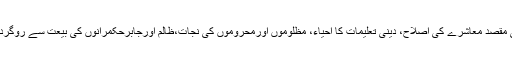
یہ دونوں تحریکیں ظلم وستم اورفساد کےخلاف ہیں اوران کا اصلی مقصد معاشرے کی اصلاح، دینی تعلیمات کا احیاء، مظلوموں اورمحروموں کی نجات،ظالم اورجابرحکمرانوں کی بیعت سے روگردانی اورانسان کی ترقی اورکمال کی راہ میں رکاوٹوں کو ہٹانا ہے۔